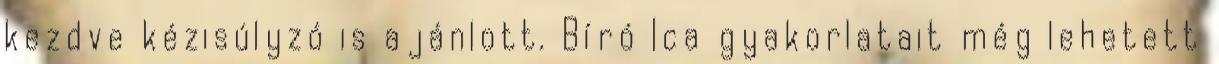
kezdve kézisúlyzó is ajánlott. Bíró Ica gyakorlatait még lehetett